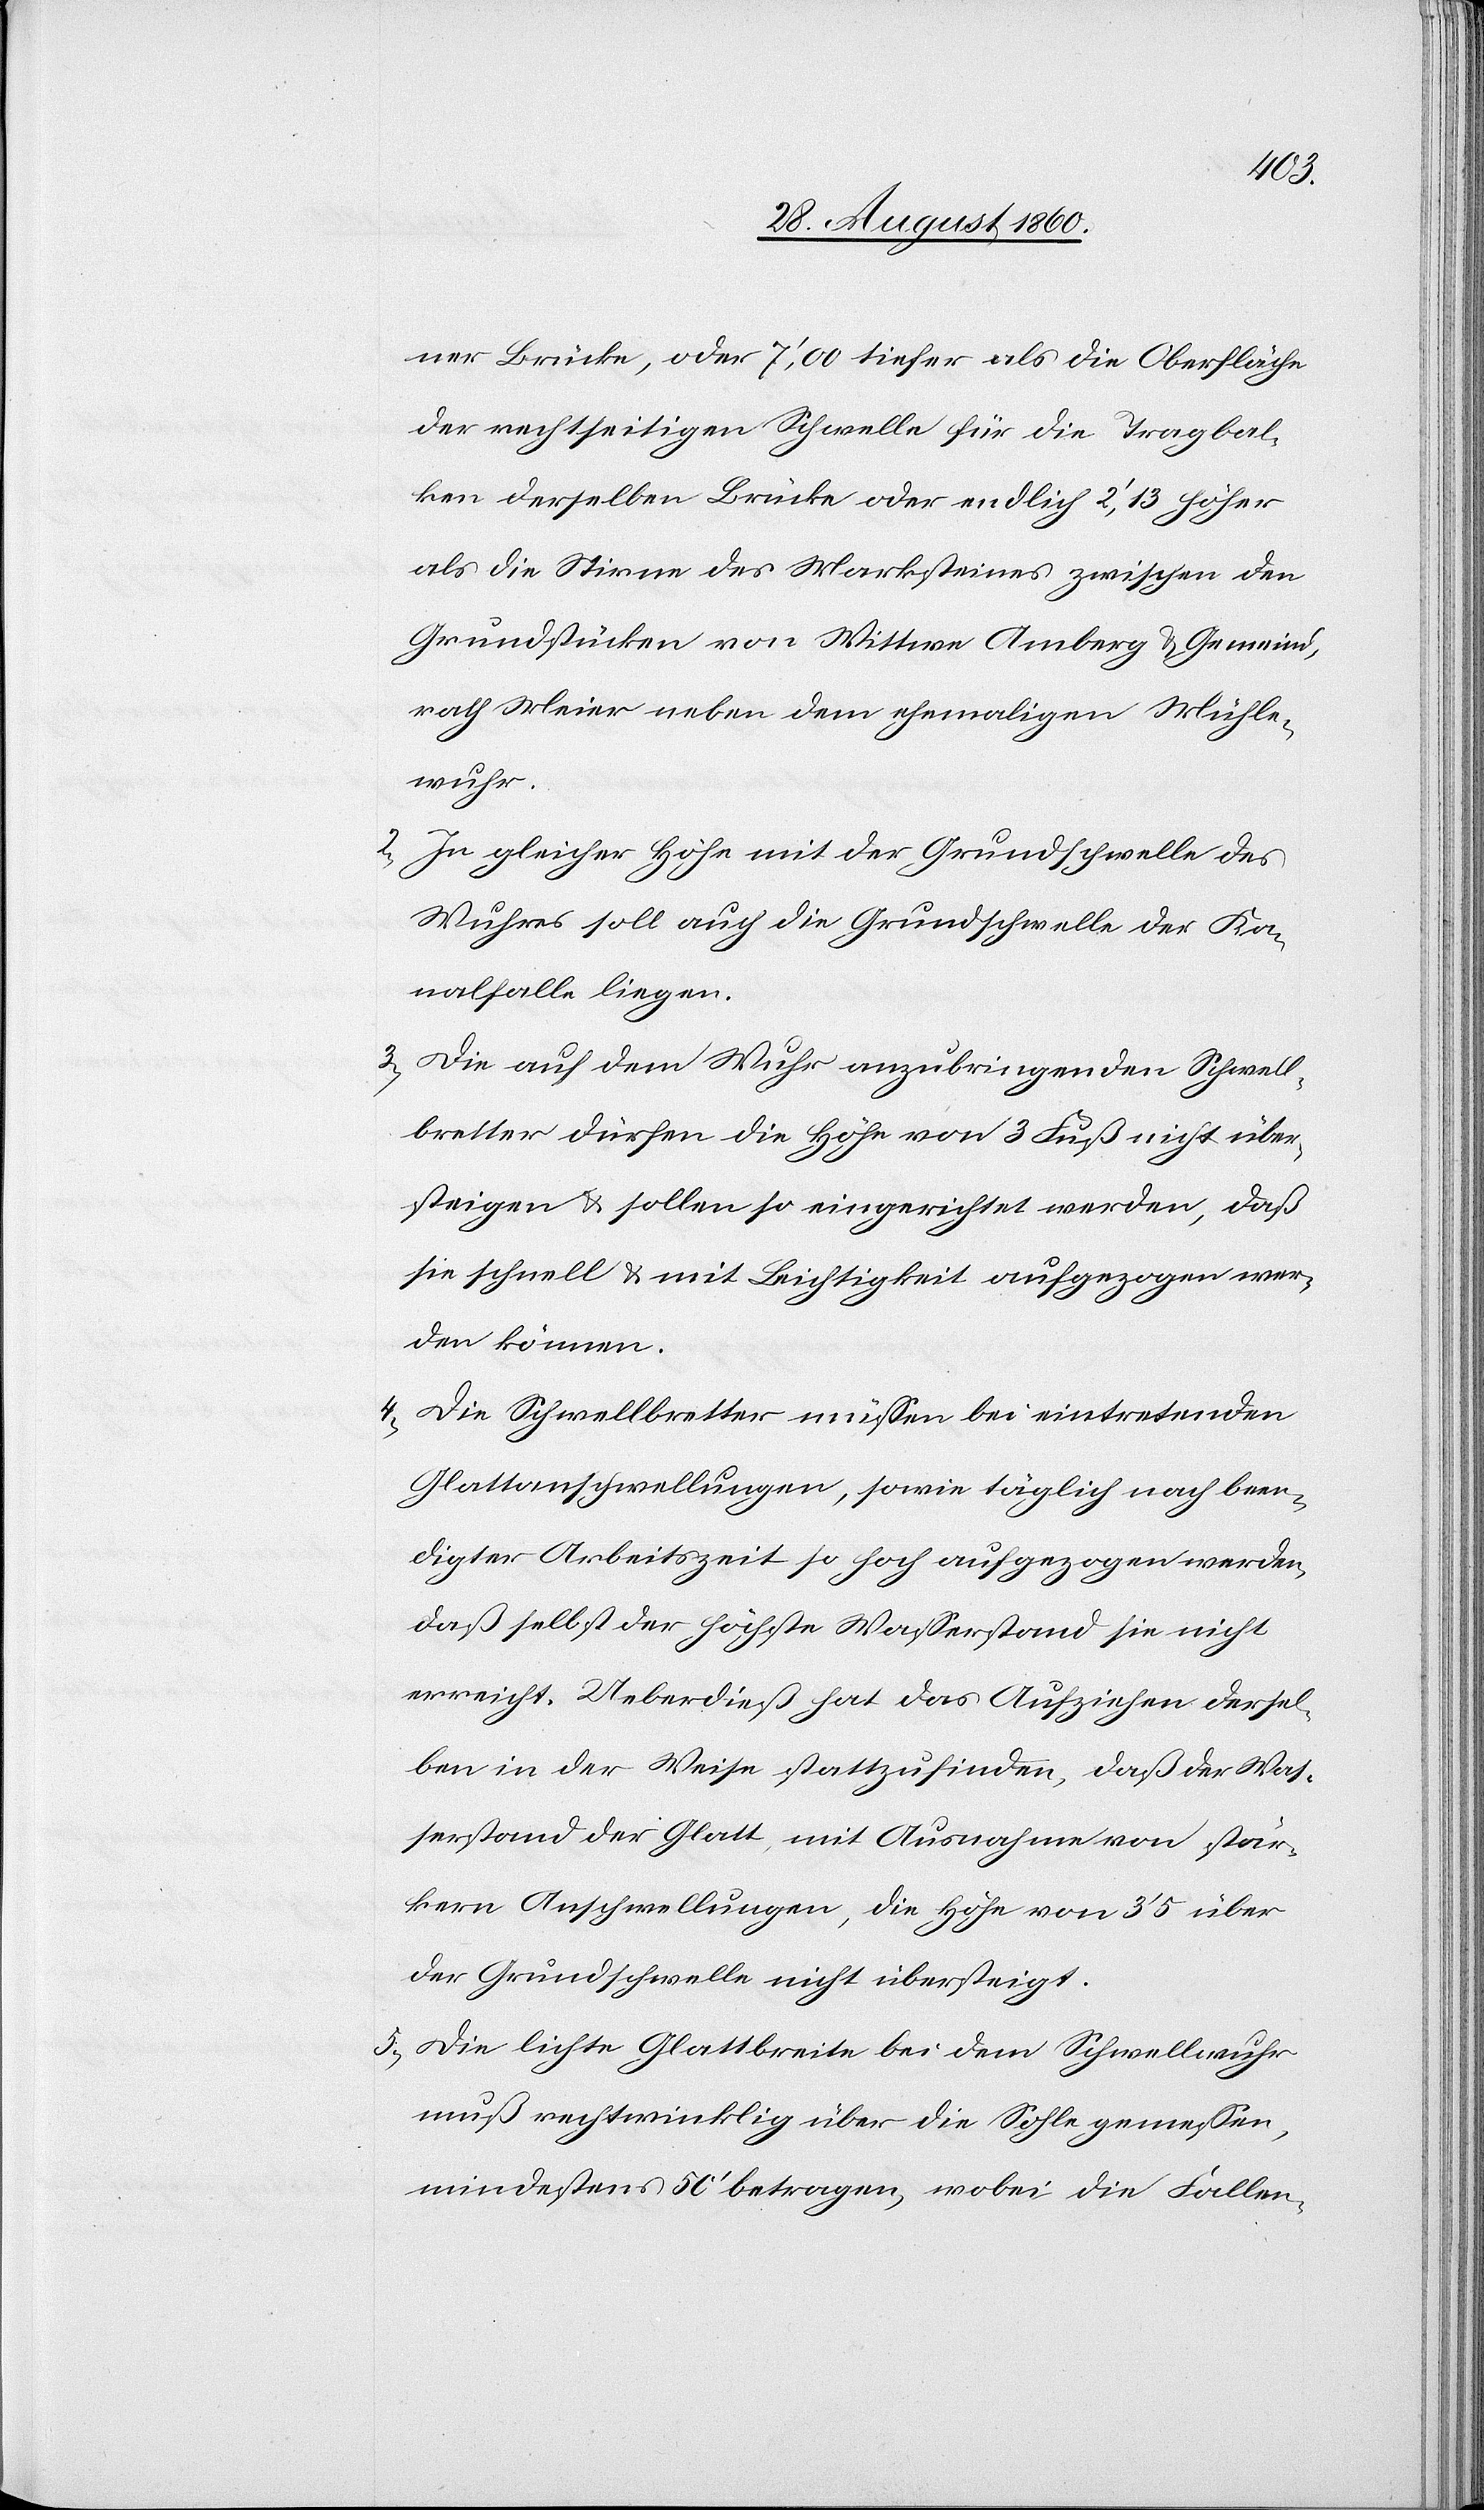
ner Brücke, oder 7’,00 tiefer als die Oberfläche
der rechtseitigen Schwelle für die Tragbal¬
ken derselben Brücke oder endlich 2’,13 höher
als die Stirne des Marksteins zwischen den
Grundstücken von Wittwe Amberg u. Gemeind¬
rath Meier neben dem ehemaligen Mühle¬
wuhr.
2) In gleicher Höhe mit der Grundschwelle des
Wuhrs soll auch die Grundschwelle der Ka¬
nalfalle liegen.
3) Die auf dem Wuhr anzubringenden Schwell¬
bretter dürfen die Höhe von 3 Fuss nicht über¬
steigen u. sollen so eingerichtet werden, dass
sie schnell u. mit Leichtigkeit aufgezogen wer¬
den können.
4) Die Schwellbretter müssen bei eintretenden
Glattanschwellungen, sowie täglich nach been¬
digter Arbeitszeit so hoch aufgezogen werden,
dass selbst der höchste Wasserstand sie nicht
erreicht. Ueberdiess hat das Aufziehen dersel¬
ben in der Weise stattzufinden, dass der Was¬
serstand der Glatt, mit Ausnahme von stär¬
kern Anschwellungen, die Höhe von 3’,5 über
der Grundschwelle nicht übersteigt.
5) Die leichte Glattbreite bei dem Schwellwuhr
muss rechtwinklig über die Sohle gemessen,
mindestens 50’ betragen, wobei die Fallen-